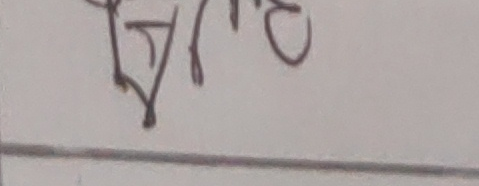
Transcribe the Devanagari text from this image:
प्रयुक्तहुँ